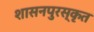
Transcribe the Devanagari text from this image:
शासनपुरस्कृत